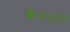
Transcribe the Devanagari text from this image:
बैयन्टी